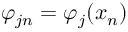
\varphi _ { j n } = \varphi _ { j } ( x _ { n } )